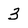
Character: 3